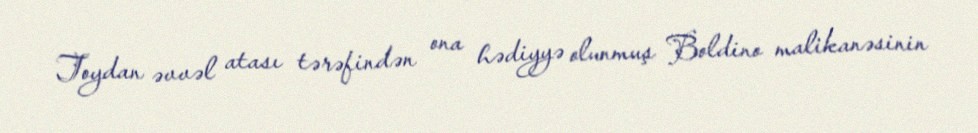
Toydan əvvəl atası tərəfindən ona hədiyyə olunmuş Boldino malikanəsinin